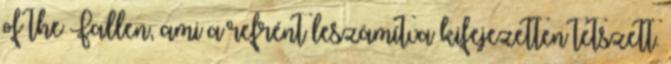
of the Fallen, ami a refrént leszámítva kifejezetten tetszett.